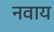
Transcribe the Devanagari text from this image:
नवाय